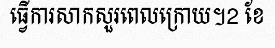
ធ្វើការសាកសួរពេលក្រោយ។2 ខែ